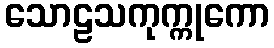
သောဠသကုက္ကုကော